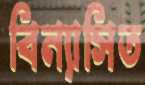
বিন্যাসিত